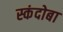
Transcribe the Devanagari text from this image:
स्कंदोबा